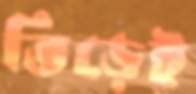
ভিড়েই